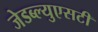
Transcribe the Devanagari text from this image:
जेडब्ल्युएसटी